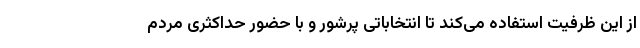
از این ظرفیت استفاده می‌کند تا انتخاباتی پرشور و با حضور حداکثری مردم